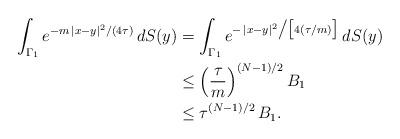
LaTeX: \begin{align*}\int_{\Gamma_1}e^{-m\,|x-y|^{2}/(4\tau)}\,dS(y) &= \int_{\Gamma_1} e^{-\,|x-y|^{2}\big/\big[4(\tau/m)\big]}\,dS(y) \\&\leq \Big(\frac{\tau}{m}\Big)^{(N-1)/2}\,B_1 \\& \leq \tau^{(N-1)/2}\,B_1.\end{align*}